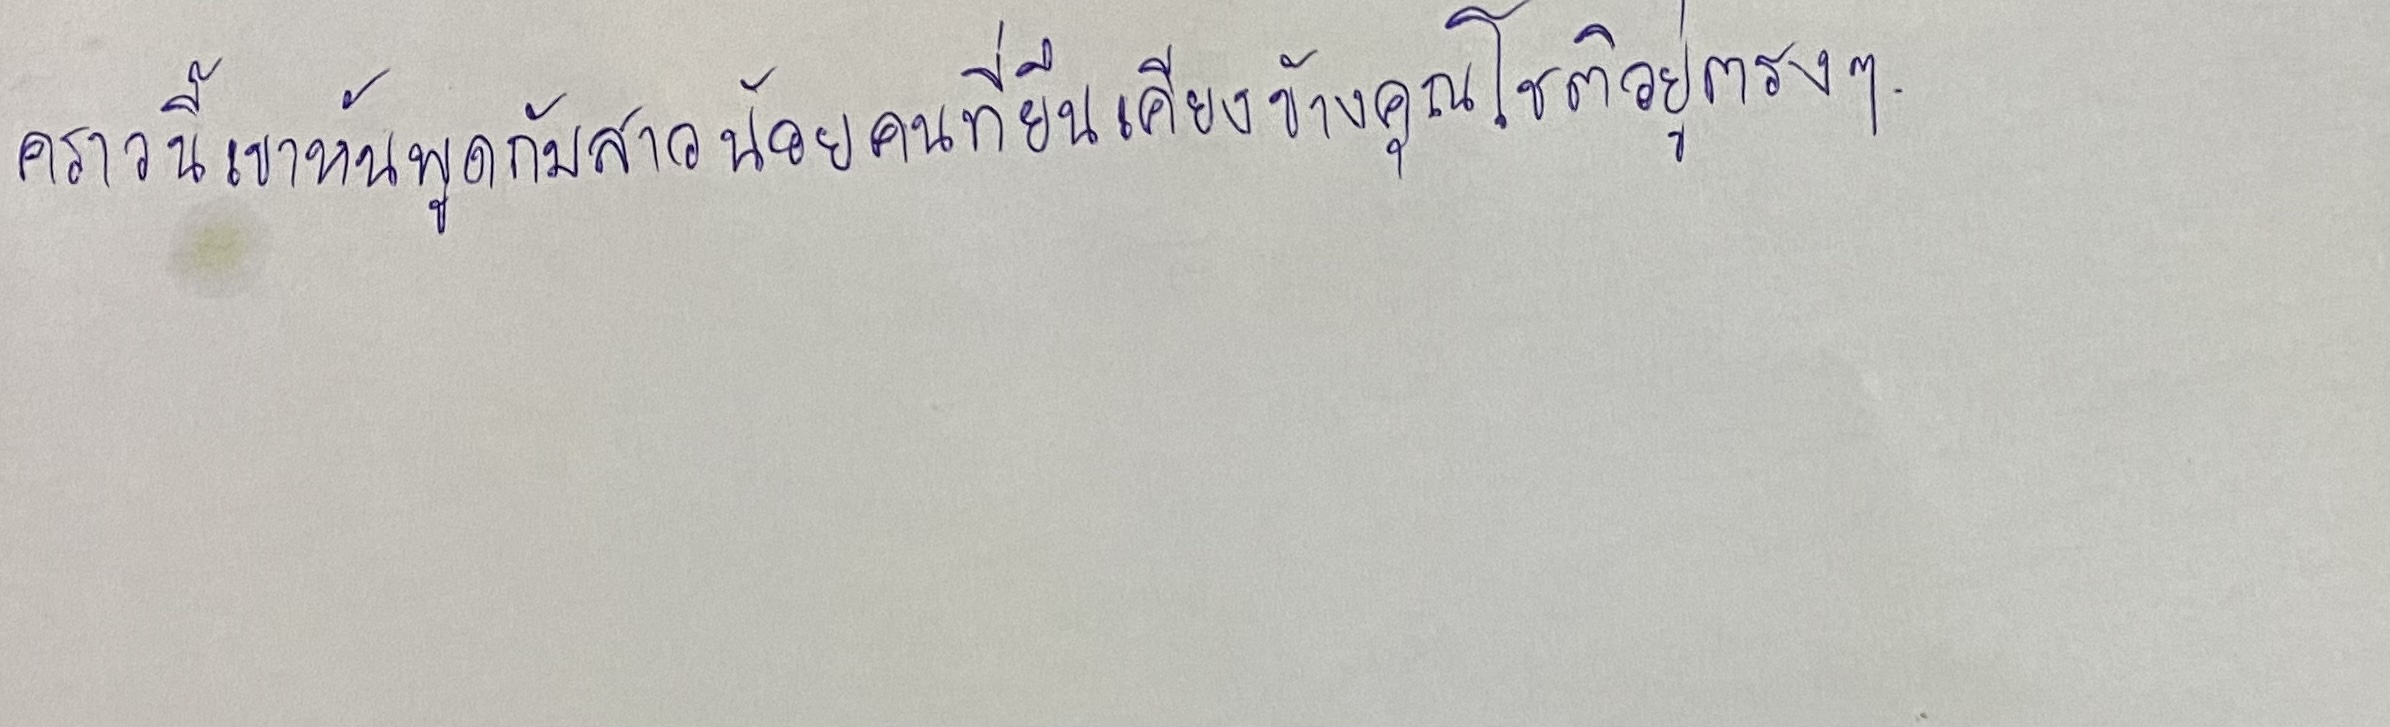
คราวนี้เขาหันพูดกับสาวน้อยคนที่ยืนเคียงข้างคุณโชติอยู่ตรงๆ